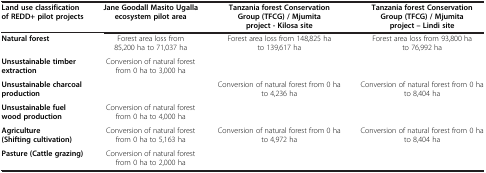
| Land use classification of REDD+ pilot projects | Jane Goodall Masito Ugalla ecosystem pilot area | Tanzania forest Conservation Group (TFCG) / Mjumita project - Kilosa site | Tanzania forest Conservation Group (TFCG) / Mjumita project – Lindi site |
 | --- | --- | --- | --- |
 | Natural forest | Forest area loss from 85,200 ha to 71,037 ha | Forest area loss from 148,825 ha to 139,617 ha | Forest area loss from 93,800 ha to 76,992 ha |
 | Unsustainable timber extraction | Conversion of natural forest from 0 ha to 3,000 ha |  |  |
 | Unsustainable charcoal production |  | Conversion of natural forest from 0 ha to 4,236 ha | Conversion of natural forest from 0 ha to 8,404 ha |
 | Unsustainable fuel wood production | Conversion of natural forest from 0 ha to 4,000 ha |  |  |
 | Agriculture (Shifting cultivation) | Conversion of natural forest from 0 ha to 5,163 ha | Conversion of natural forest from 0 ha to 4,972 ha | Conversion of natural forest from 0 ha to 8,404 ha |
 | Pasture (Cattle grazing) | Conversion of natural forest from 0 ha to 2,000 ha |  |  |